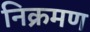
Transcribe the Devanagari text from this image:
निक्रमण